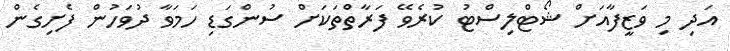
އަދި މި ވަޒީފާއަށް ޝޯޓްލިސްޓު ކުރެވޭ ފަރާތްތަކަށް ސުންގަޑި ހަމަވާ ދުވަހުން ފެށިގެން